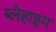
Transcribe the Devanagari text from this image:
ब्लेहाइम